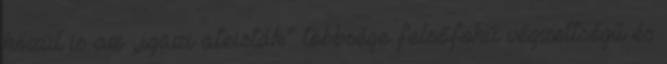
közül is az „igazi ateisták” többsége felsőfokú végzettségű és